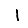
Digit: 1